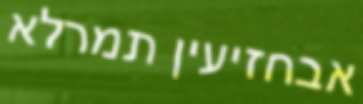
אבחזיעין תמרלא